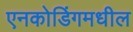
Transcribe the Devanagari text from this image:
एनकोडिंगमधील